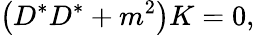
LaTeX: \left(D^{*}D^{*}+m^{2}\right)K=0,